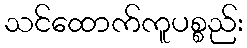
သင်ထောက်ကူပစ္စည်း